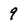
Character: 9